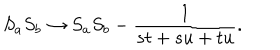
{ S _ { a } S _ { b } } \rightarrow S _ { a } S _ { b } - { \frac { 1 } { s t + s u + t u } } .